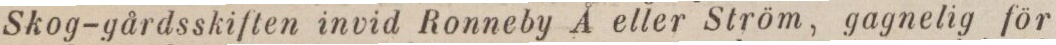
Skog-gårdsskiften invid Ronneby Å eller Ström, gagnelig för